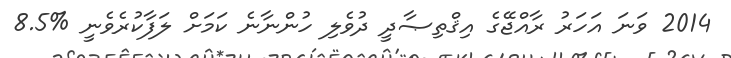
2014 ވަނަ އަހަރު ރާއްޖޭގެ އިޤްތިޞާދީ ދުވެލި ހުންނާނެ ކަމަށް ލަފާކުރެވެނީ %8.5